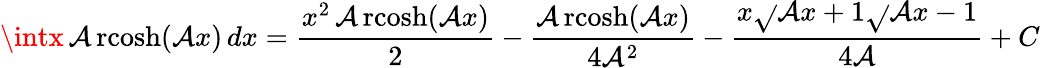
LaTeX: \intx\operatorname{\mathcal{A}rcosh}(\mathcal{A}x)\, dx={\frac{{x^{2}\operatorname{\mathcal{A}rcosh}(\mathcal{A}x)}}{{2}}}-{\frac{{\operatorname{\mathcal{A}rcosh}(\mathcal{A}x)}}{{4\mathcal{A}^{2}}}}-{\frac{{x{\sqrt{}{{\mathcal{A}x+1}}}{\sqrt{}{{\mathcal{A}x-1}}}}}{{4\mathcal{A}}}}+C